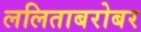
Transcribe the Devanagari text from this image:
ललिताबरोबर